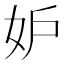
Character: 妒